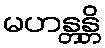
မဟန္တန္တိ